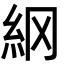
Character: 䋄